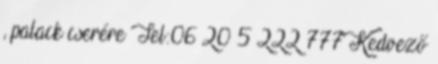
, palack cserére Tel:06 20 5 222 777 Kedvező